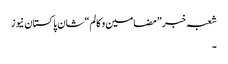
شعبہ خبر ”مضامین و کالم“ شان پاکستان نیوز
۔